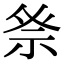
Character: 𮁨